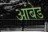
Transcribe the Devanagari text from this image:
आंबेड